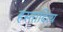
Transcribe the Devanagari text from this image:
हस्तादित्य